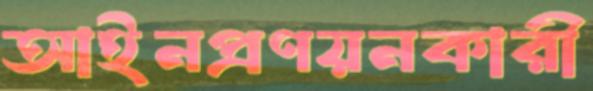
আইনপ্রণয়নকারী